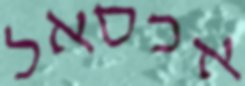
אכסאל